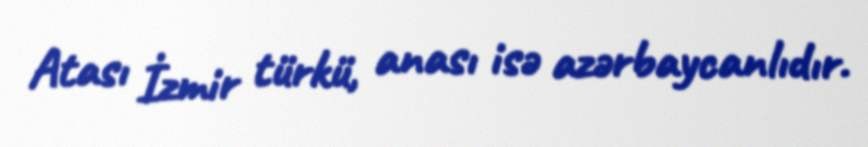
Atası İzmir türkü, anası isə azərbaycanlıdır.